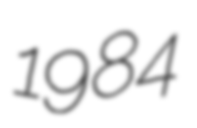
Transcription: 1984